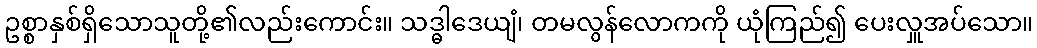
ဥစ္စာနှစ်ရှိသောသူတို့၏လည်းကောင်း။ သဒ္ဓါဒေယျံ၊ တမလွန်လောကကို ယုံကြည်၍ ပေးလှူအပ်သော။